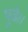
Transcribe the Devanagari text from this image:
पुढे।।